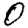
Digit: 0